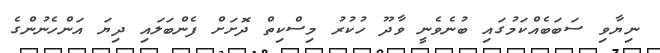
ނިޔާވި ސަބަބެއްކަމުގައި ބުނެވެނީ ވާދޫ ހުކުރު މިސްކިތް ދޮށަށް ފެންބަލައި ދިޔަ އަންހެނުންގެ